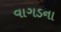
વાગડના